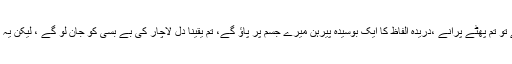
جب تم مزید غور کرو گے تو تم پھٹے پرانے ،دریدہ الفاظ کا ایک بوسیدہ پیرہن میرے جسم پر پاؤ گے، تم یقینا دلِ لاچار کی بے بسی کو جان لو گے ، لیکن یہ تو صرف شروعات ہوگی ۔